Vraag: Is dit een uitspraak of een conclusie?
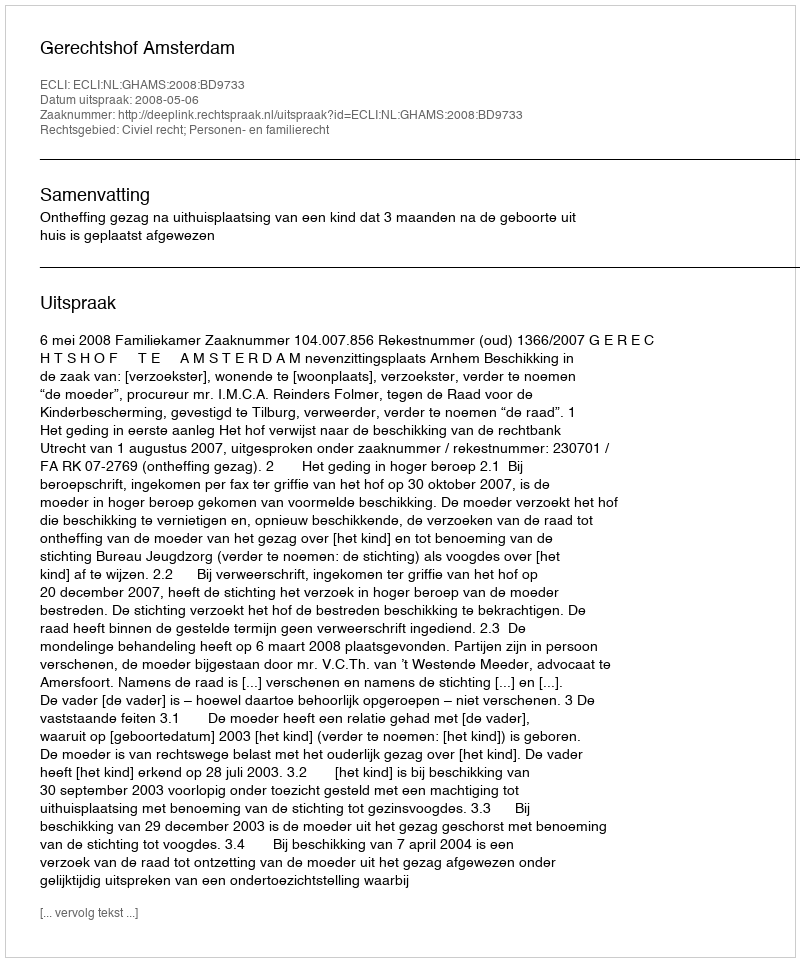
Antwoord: Uitspraak